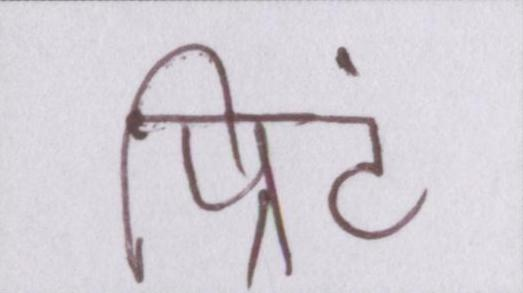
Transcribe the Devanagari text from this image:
प्रिंट